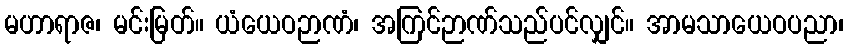
မဟာရာဇ၊ မင်းမြတ်။ ယံယေဝဉာဏံ၊ အကြင်ဉာဏ်သည်ပင်လျှင်။ အာမသာယေဝပညာ၊